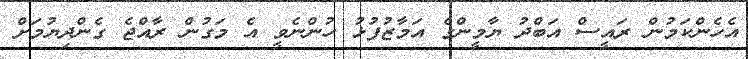
އެހެންކަމުން ރައީސް އަބްދު ޔާމީންގެ އަމާޒުފުޅު ހުންނެވީ އެ މަގުން ރާއްޖެ ގެންދިޔުމަށް